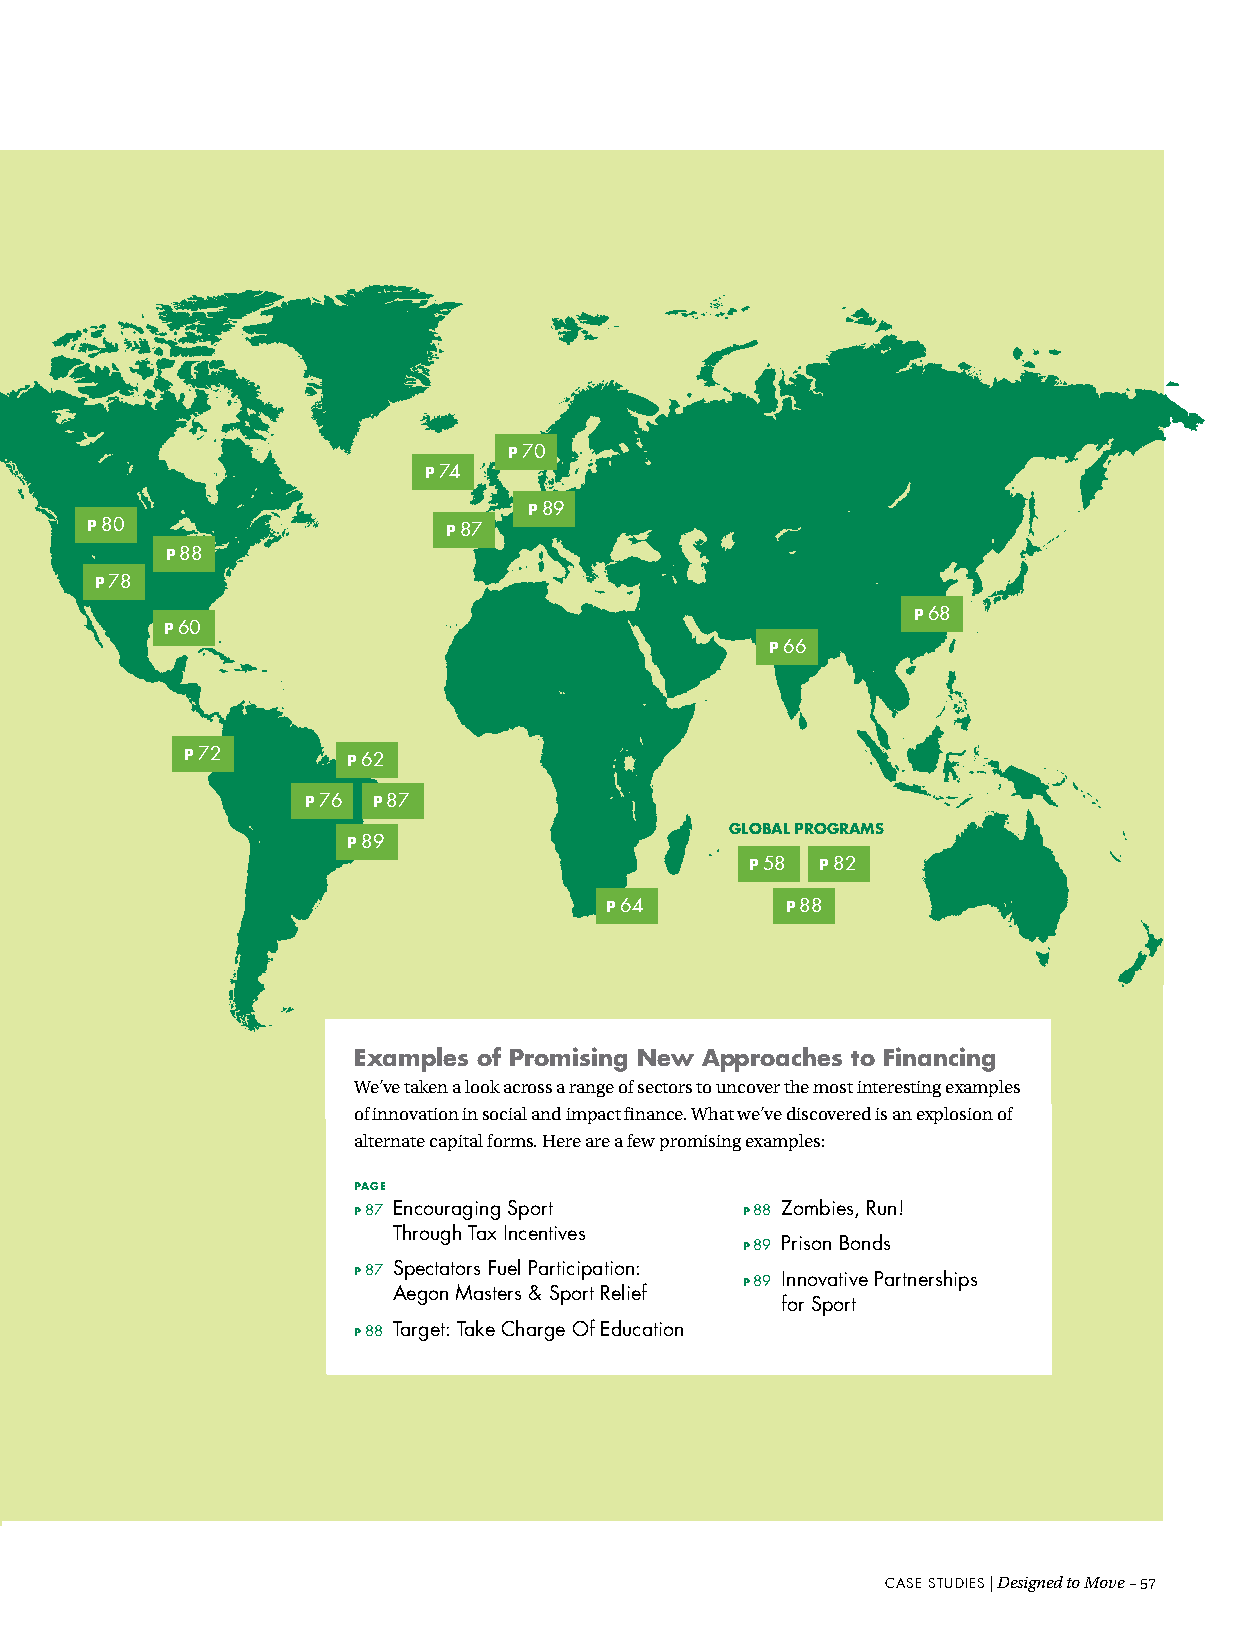
P 70
 P 74
 P 89
 P 80                   P 87
 P 88
 P 78
 P 68
 P 60
 P 66
 P 72       P 62
 P 76 P 87
 GLOBaL PROGRaMs
 P 89
 P 58 P 82
 P 64        P 88
 examples of Promising New approaches to Financing
 We’ve taken a look across a range of sectors to uncover the most interesting examples
 of innovation in social and impact finance. What we’ve discovered is an explosion of
 alternate capital forms. Here are a few promising examples:
 PaGe
 P 87 encouraging sport    P 88 Zombies, Run!
 Through Tax incentives
 P 89 Prison Bonds
 P 87 spectators Fuel Participation: P 89 innovative Partnerships
 Aegon Masters & sport Relief
 for sport
 P 88 Target: Take charge Of education
 ccAAssee ssTTuuddiieess || DDeessiiggnneedd ttoo MMoovvee ––5577